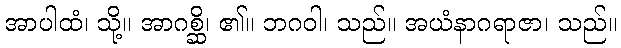
အာပါထံ၊ သို့။ အာဂစ္ဆိ၊ ၏။ ဘဂဝါ၊ သည်။ အယံနာဂရာဇာ၊ သည်။